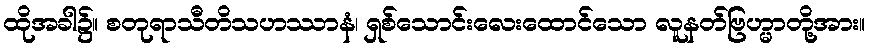
ထိုအခါ၌။ စတုရာသီတိသဟဿာနံ၊ ရှစ်သောင်းလေးထောင်သော လူနတ်ဗြဟ္မာတို့အား။